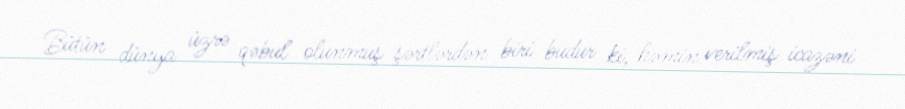
Bütün dünya üzrə qəbul olunmuş şərtlərdən biri budur ki, həmin verilmiş icazəni